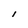
Character: I